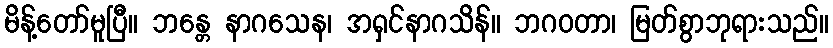
မိန့်တော်မူပြီ။ ဘန္တေ နာဂသေန၊ အရှင်နာဂသိန်။ ဘဂဝတာ၊ မြတ်စွာဘုရားသည်။